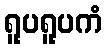
ရူပရူပကံ